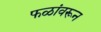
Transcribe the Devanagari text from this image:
फळांवरून